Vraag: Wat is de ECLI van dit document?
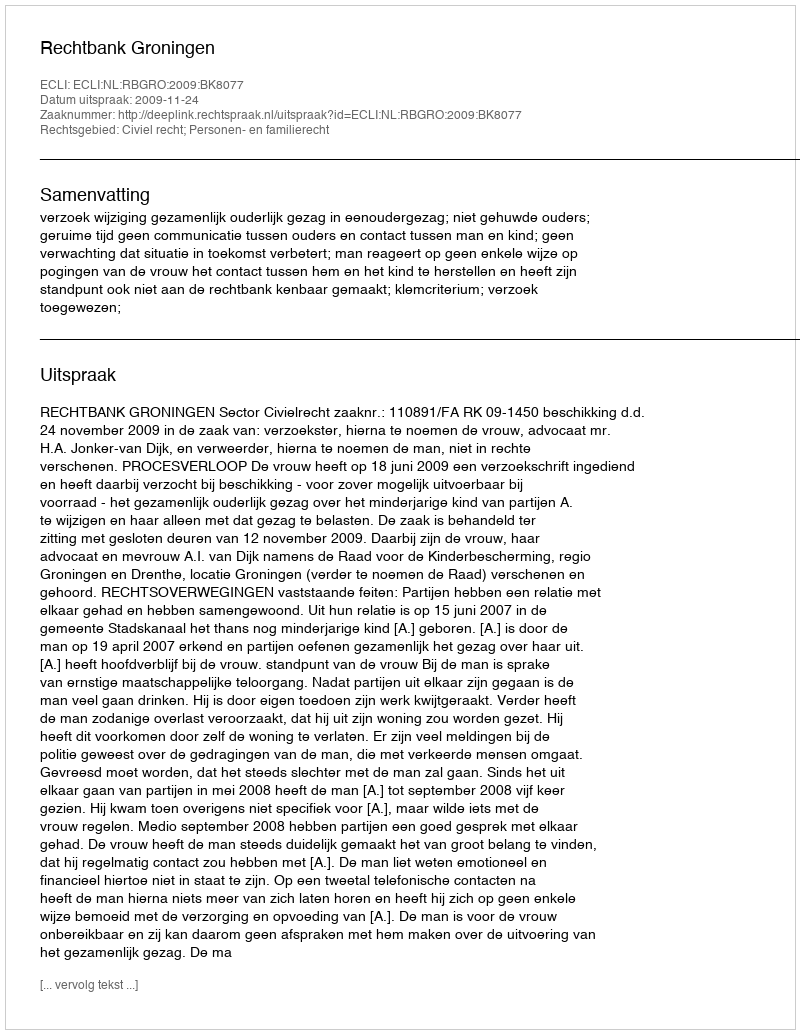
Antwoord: ECLI:NL:RBGRO:2009:BK8077